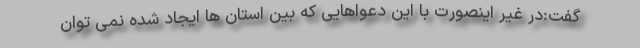
گفت:در غیر اینصورت با این دعواهایی که بین استان ها ایجاد شده نمی توان